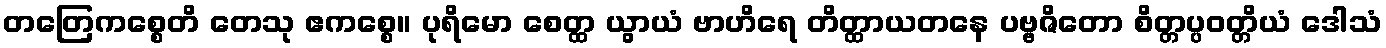
တတြေကစ္စေတိ တေသု ဧကစ္စေ။ ပုရိမော စေတ္ထ ယွာယံ ဗာဟိရေ တိတ္ထာယတနေ ပဗ္ဗဇိတော စိတ္တပ္ပဝတ္တိယံ ဒေါသံ